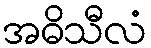
အဓိသီလံ